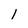
Character: l